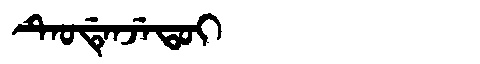
Manchu: ᡨᡝᠣᡩᡝᠨᠵᡝᡨᠣᡳ
Romanization: TEODENJETOI